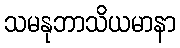
သမနုဘာသိယမာနာ